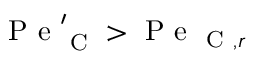
\mathrm { ~ P ~ e ~ } _ { \mathrm { ~ C ~ } } ^ { \prime } > \mathrm { ~ P ~ e ~ } _ { \mathrm { ~ C ~ } , r }